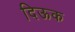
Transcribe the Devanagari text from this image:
दिऊक